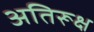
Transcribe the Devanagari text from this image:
अतिरूक्ष